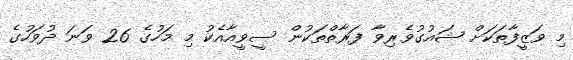
މި ވަޒީފާތަކަށް ޝައުގުވެރިވާ ފަރާތްތަކުން ސީވީއާއެކު މި މަހުގެ 26 ވަނަ ދުވަހުގެ